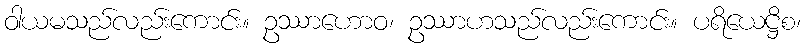
ဝါယမသည်လည်းကောင်း။ ဥဿာဟောဝ၊ ဥဿာဟသည်လည်းကောင်း။ ပရိယေဋ္ဌိစ၊